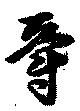
爵